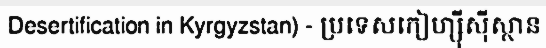
Desertification in Kyrgyzstan) - ប្រទេសកៀហ្ស៊ីស៊ីស្ថាន